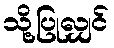
သို့ပြုလျှင်